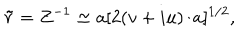
\tilde { r } = Z ^ { - 1 } \simeq a [ 2 ( v + i u ) / a ] ^ { 1 / 2 } ,